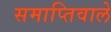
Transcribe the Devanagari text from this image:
समाप्तिवाले